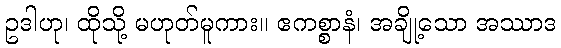
ဥဒါဟု၊ ထိုသို့ မဟုတ်မူကား။ ဧကစ္စာနံ၊ အချို့သော အဿာဒ